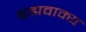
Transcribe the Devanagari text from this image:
ब्रह्मवाक्‍य